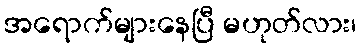
အရောက်များနေပြီ မဟုတ်လား၊